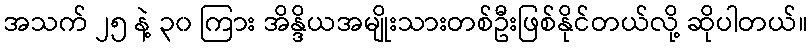
အသက် ၂၅ နဲ့ ၃၀ ကြား အိန္ဒိယအမျိုးသားတစ်ဦးဖြစ်နိုင်တယ်လို့ ဆိုပါတယ်။